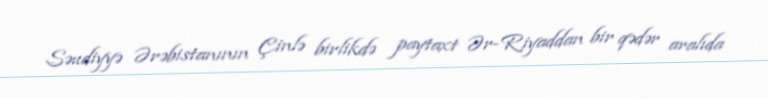
Səudiyyə Ərəbistanının Çinlə birlikdə paytaxt Ər-Riyaddan bir qədər aralıda